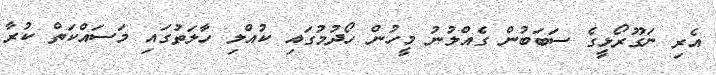
އެރި ނަގޫރޯޅީގެ ސަބަބުން ގެއްލުނު މީހުން ހޯދުމުގައި ކުއްލި ހާލަތުގައި މަސައްކަތް ކުރާ